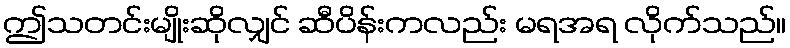
ဤသတင်းမျိုးဆိုလျှင် ဆီပိန်းကလည်း မရအရ လိုက်သည်။